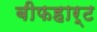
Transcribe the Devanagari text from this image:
बीफहार्ट